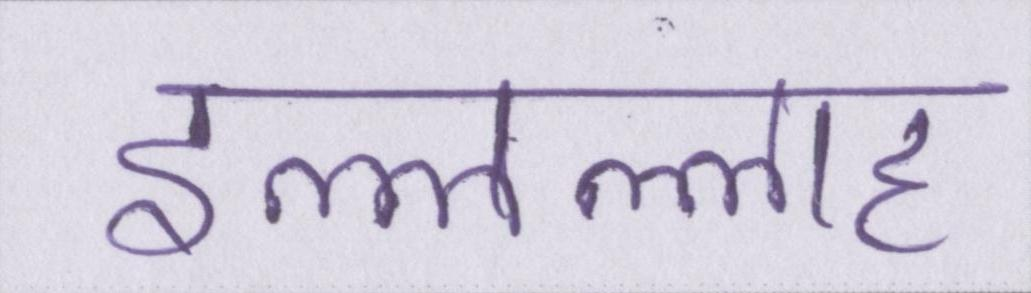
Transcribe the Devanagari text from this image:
इल्लल्लाह